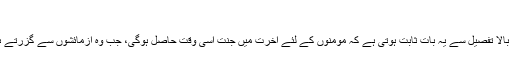
July 4, 2014	مذہبی صفحہ
حافظ سید شاہ مدثر حسینی مندرجہ بالا تفصیل سے یہ بات ثابت ہوتی ہے کہ مؤمنوں کے لئے آخرت میں جنت اسی وقت حاصل ہوگی، جب وہ آزمائشوں سے گزرتے ہوئے ثابت قدمی کا ثبوت دیں گے۔